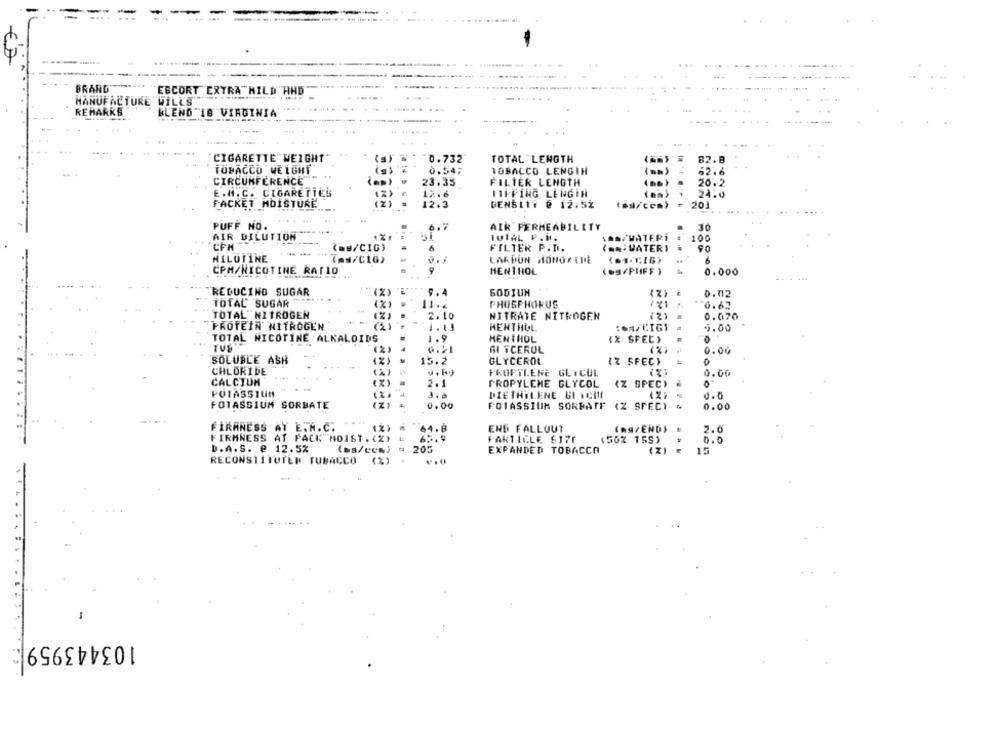
€7
BRANG
ESCORT EXTRA"HILD HHD
MANUFACTURE WILL'S
REMARKS
BLEND IB VIRGINIA
CIGARETTE WEIGHT"
0.732
TOTAL LENGTH
TOBACCO WEIGHT
0.54.
82
TOBACCO LENGTH
( == )
52 .
CIRCUMFERENCE
23.35
FILTER LENGTH
26. 2
E.H. C. CIGARETTES
12.6
HIPPING LENGIN
24.0
FACKET MOISTURE
12.3
DENS11៛ @ 12.5%
201
PUFF NO.
6. 7
AIR PERMEABILITY
AIR DILUTION
. X
TUIAL P.B.
SAS/WATERİ
100
CPH
(as/CIG)
FILTER P.D.
( ... VATERS
90
NELUTINE
(as/CIG)
LARDON HONORINE
6
CPM/NICOTINE RATIO
MENTHOL
(@S/PUFF )
0.000
REDUCING SUGAR
9.4
SODIUN
0,02
TOTAL SUGAR
PHOSPHORUS
0.62
TOTAL NITROGEN
0.070
2.10
NITRATE NITROGEN
(2)
PROTEIN NITROGEN
-
HENTHUL
1.4/CIGI
5.00
TOTAL NICOTINE ALKALOIDS
1.9
MENTHOL
(% SPEC)
.
TUS'
( 21
0.21
GI TCEROL
0.00
SOLUBLE ASH
15.2
GLYCEROL
IZ FFECY
CHLORIDE
PROPYLENE GLYCUL
0.00
CALCIUM
(X)
2.1
PROPYLENE GLYCOL
(Z SPEC)
POTASSIUM
3.8
DIETHYLENE UI YCIN
0.0
POTASSIUM SORBATE
0.00
FOIASSIUM SORBATF (Z SPECY
0.00
FIRMNESS AT E.N.C.
(2)
64.8
END FALLOUT
(ng/END}
2.6
FIRMNESS AT PACK MOIST . (Z)
63.9
FARTICLE 617F
0.0
D.A.S. @ 12.5%
(ms/cem) =
205
EXPANDED TOBACCO
15
RECONSTITUTED TOBACCO
v,0
103443959